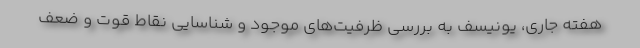
هفته جاری، یونیسف به بررسی ظرفیت‌های موجود و شناسایی نقاط قوت و ضعف